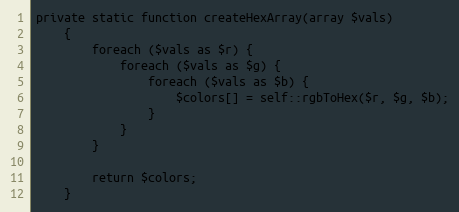
Language: PHP
private static function createHexArray(array $vals)
    {
        foreach ($vals as $r) {
            foreach ($vals as $g) {
                foreach ($vals as $b) {
                    $colors[] = self::rgbToHex($r, $g, $b);
                }
            }
        }

        return $colors;
    }